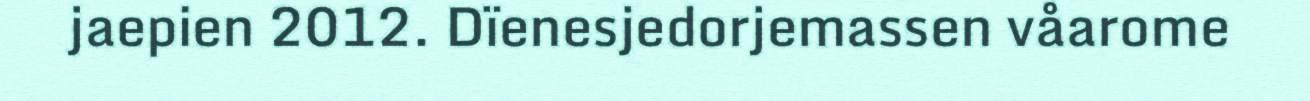
jaepien 2012. Dïenesjedorjemassen våarome